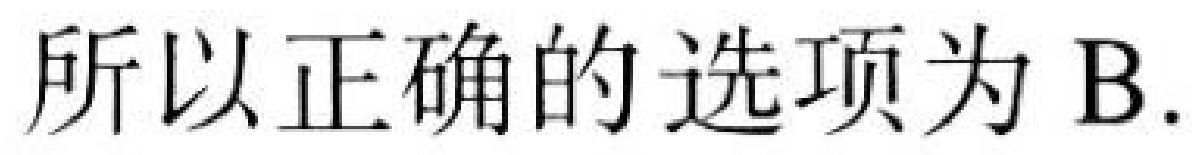
所以正确的选项为B.